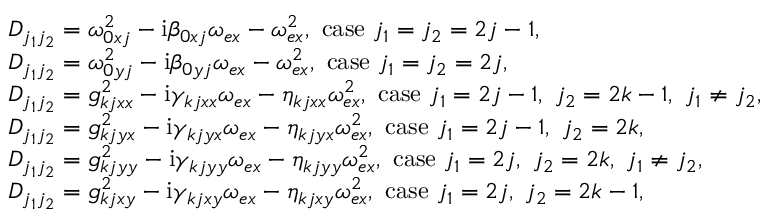
\begin{array} { r l } & { D _ { j _ { 1 } j _ { 2 } } = \omega _ { 0 x j } ^ { 2 } - \mathrm { i } \beta _ { 0 x j } \omega _ { e x } - \omega _ { e x } ^ { 2 } , ~ \mathrm { c a s e } ~ j _ { 1 } = j _ { 2 } = 2 j - 1 , } \\ & { D _ { j _ { 1 } j _ { 2 } } = \omega _ { 0 y j } ^ { 2 } - \mathrm { i } \beta _ { 0 y j } \omega _ { e x } - \omega _ { e x } ^ { 2 } , ~ \mathrm { c a s e } ~ j _ { 1 } = j _ { 2 } = 2 j , } \\ & { D _ { j _ { 1 } j _ { 2 } } = g _ { k j x x } ^ { 2 } - \mathrm { i } \gamma _ { k j x x } \omega _ { e x } - \eta _ { k j x x } \omega _ { e x } ^ { 2 } , ~ \mathrm { c a s e } ~ j _ { 1 } = 2 j - 1 , ~ j _ { 2 } = 2 k - 1 , ~ j _ { 1 } \neq j _ { 2 } , } \\ & { D _ { j _ { 1 } j _ { 2 } } = g _ { k j y x } ^ { 2 } - \mathrm { i } \gamma _ { k j y x } \omega _ { e x } - \eta _ { k j y x } \omega _ { e x } ^ { 2 } , ~ \mathrm { c a s e } ~ j _ { 1 } = 2 j - 1 , ~ j _ { 2 } = 2 k , } \\ & { D _ { j _ { 1 } j _ { 2 } } = g _ { k j y y } ^ { 2 } - \mathrm { i } \gamma _ { k j y y } \omega _ { e x } - \eta _ { k j y y } \omega _ { e x } ^ { 2 } , ~ \mathrm { c a s e } ~ j _ { 1 } = 2 j , ~ j _ { 2 } = 2 k , ~ j _ { 1 } \neq j _ { 2 } , } \\ & { D _ { j _ { 1 } j _ { 2 } } = g _ { k j x y } ^ { 2 } - \mathrm { i } \gamma _ { k j x y } \omega _ { e x } - \eta _ { k j x y } \omega _ { e x } ^ { 2 } , ~ \mathrm { c a s e } ~ j _ { 1 } = 2 j , ~ j _ { 2 } = 2 k - 1 , } \end{array}